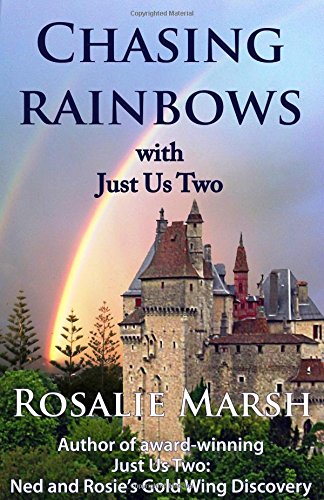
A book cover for Chasing Rainbows with Just Us Two -2; Rosalie Marsh; Travel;